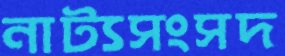
নাট্যসংসদ